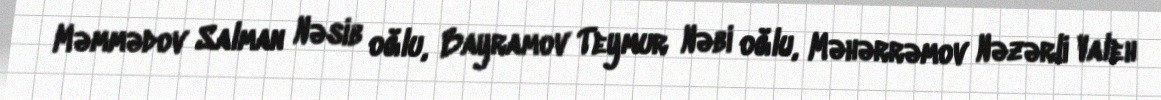
Məmmədov Salman Nəsib oğlu, Bayramov Teymur Nəbi oğlu, Məhərrəmov Nəzərli Valeh